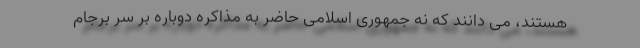
هستند، می ‌دانند که نه جمهوری اسلامی حاضر به مذاکره دوباره بر سر برجام